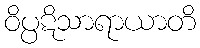
ဝိပ္ပဋိသာရာယာတိ